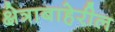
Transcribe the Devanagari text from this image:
क्षेत्राबाहेरील